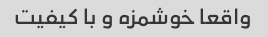
واقعا خوشمزه و با کیفیت